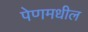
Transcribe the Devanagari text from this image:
पेणमधील